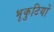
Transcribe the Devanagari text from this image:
भृकुटियों